Rangoon Lunatic Asylum 1898-1906 - 1898-1906
Year: 1898
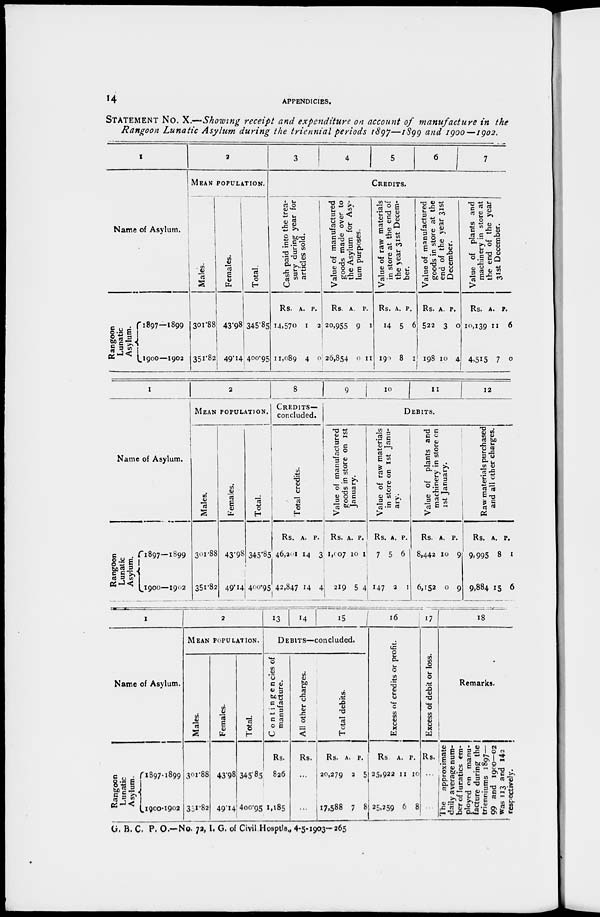
14
APPEND1CIES.
STATEMENT No. X.—Showing receipt and expenditure on account of manufacture in the
Rangoon Lunatic Asylum during the triennial periods 1897—1899 and 1900—1902.
1
Name of Asylum.
Rangoon
Lunatic
Asylum.
1897—1899
1900—1902
2
MEAN POPULATION.
Males.
301.88
351.82
Females.
43.98
49.14
Total.
345.85
400.95
3
4
5
6
7
CREDITS.
Cash paid into the trea-
sury during year for
articles sold.
Rs.
14,570
11,089
A.
1
4
P.
2
0
Value of manufactured
goods made over to
the Asylum for Asy-
lum purposes.
Rs.
20,955
26,854
A.
9
0
P.
1
11
Value of raw materials
in store at the end of
the year 31st Decem-
ber.
Rs.
14
190
A.
5
8
P.
6
1
Value of manufactured
goods in store at the
end of the year 31st
December.
Rs.
522
198
A.
3
10
P.
0
4
Value of plants and
machinery in store at
the end of the year
31st December.
Rs.
10,139
4,515
A.
11
7
P.
6
0
1
Name of Asylum.
Rangoon
Lunatic
Asylum
1897—1899
1900—1902
2
MEAN POPULATION.
Males.
301.88
351.82
Females.
43.98
49.14
Tot al .
345.85
400.95
8
CREDITS—
concluded.
Total credits.
Rs.
46,201
42,847
A.
14
14
P.
3
4
9
10
11
12
DEBITS.
Value of manufactured
goods in store on 1st
January.
Rs.
1,007
219
A.
10
5
P.
1
4
Value of raw materials
in store on 1st Janu-
ary.
Rs.
7
147
A.
5
2
P.
6
1
Value of plants and
machinery in store on
1st January.
Rs.
8,442
6,152
A.
10
0
P.
9
9
Raw materials purchased
and all other charges.
Rs.
9,995
9,884
A.
8
15
P.
1
6
1
Name of Asylum.
Rangoon
Lunatic
Asylum.
1897-1899
1900-1902
2
MEAN POPULATION.
Males.
301.88
351.82
Females.
43.98
49.14
Total.
345.85
400.95
13
14
15
DEBITS—concluded.
Contingencies of
manufacture.
Rs.
826
1,185
All other charges.
Rs.
...
...
Total debits.
Rs.
20,279
17,588
A.
2
7
P.
5
8
16
Excess of credits or profit.
Rs
25,922
25,259
A.
11
6
P.
10
8
17
Excess of debit or loss.
Rs.
...
...
18
Remarks.
The
approximate
daily average num-
ber of lunatics em-
ployed on manu-
facture during the
trienniums 1897—
99 and 1900—02
was 113 and 142
respectively.
G. B. C. P. O.—No. 72, I. G. of Civil Hosptls., 4-5-1903—265